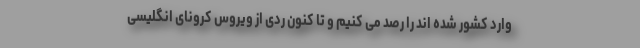
وارد کشور شده اند را رصد می کنیم و تا کنون ردی از ویروس کرونای انگلیسی